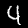
Digit: 4